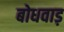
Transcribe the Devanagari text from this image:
बोधवाड़